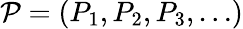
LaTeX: \mathcal{P}=(P_{1},P_{2},P_{3},\ldots)